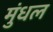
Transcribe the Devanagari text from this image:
मुंधल